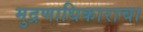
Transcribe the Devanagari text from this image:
मुद्रणाधिकाराचा